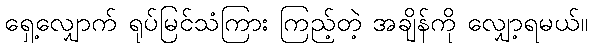
ရှေ့လျှောက် ရုပ်မြင်သံကြား ကြည့်တဲ့ အချိန်ကို လျှော့ရမယ်။